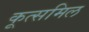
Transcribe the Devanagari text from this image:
कूत्समिल